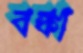
বঙ্কা